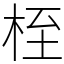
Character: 桎